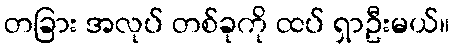
တခြား အလုပ် တစ်ခုကို ထပ် ရှာဦးမယ်။